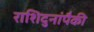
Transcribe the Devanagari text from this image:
राशिदुनांपैकी